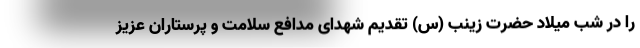
را در شب میلاد حضرت زینب (س) تقدیم شهدای مدافع سلامت و پرستاران عزیز